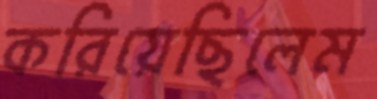
করিয়েছিলেম